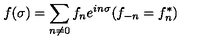
f ( \sigma ) = \sum _ { n \ne 0 } f _ { n } e ^ { i n \sigma } ( f _ { - n } = f _ { n } ^ { * } )